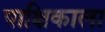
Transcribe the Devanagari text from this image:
पाक्षिकाला